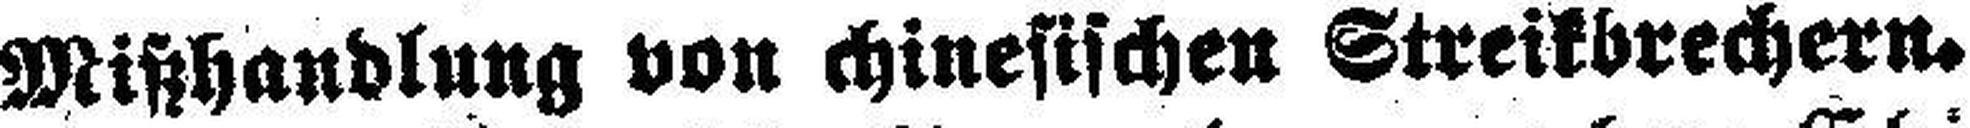
Mißhandlung von chinesischen Streikbrechern.